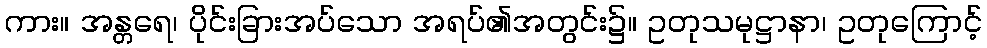
ကား။ အန္တရေ၊ ပိုင်းခြားအပ်သော အရပ်၏အတွင်း၌။ ဥတုသမုဋ္ဌာနာ၊ ဥတုကြောင့်